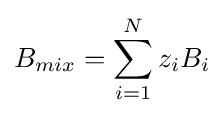
B_{mix}=\sum _{i=1}^{N}z_{i}B_{i}